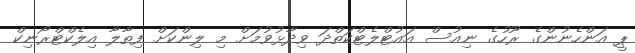
ޕީ އަންހެނުންގެ ރޫހުގެ ނިއުސް އައުޓްލެޓްކަތްދަ ވިދާޅުވުމަށް މި ލިންކަށް ފިތާލާ އިލެކްޓްރޯނިކް